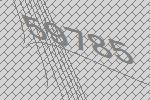
59785